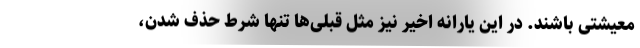
معیشتی باشند. در این یارانه اخیر نیز مثل قبلی‌ها تنها شرط حذف شدن،